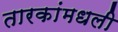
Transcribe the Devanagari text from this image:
तारकांमधली